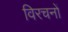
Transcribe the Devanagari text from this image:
विरचनों